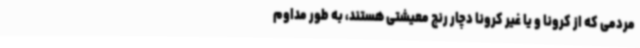
مردمی که از کرونا و یا غیر کرونا دچار رنج معیشتی هستند، به طور مداوم